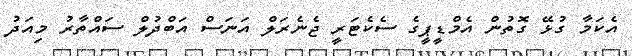
އެކަމާ ގުޅޭ ގޮތުން އެމްޑީޕީގެ ސެކެޓަރީ ޖެނެރަލް އަނަސް އަބްދުލް ސައްތާރު މިއަދު